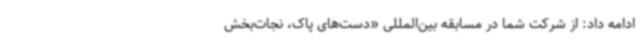
ادامه داد: از شرکت شما در مسابقه بین‌المللی «دست‌های پاک، نجات‌بخش